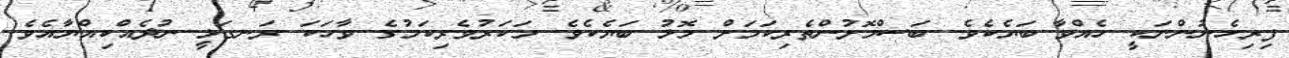
ފިރިހެނުންނަކީ ހެއްވާ ބަޔެކެވެ. ބަސްމޮށުންތެރިކަމަށް މޮޅު ބަޔެކެވެ. މަކަރުވެރިކަމުގެ ވާހަކަ ރަނގަޅީ ނުދެއްކިއްޔާއެވެ.